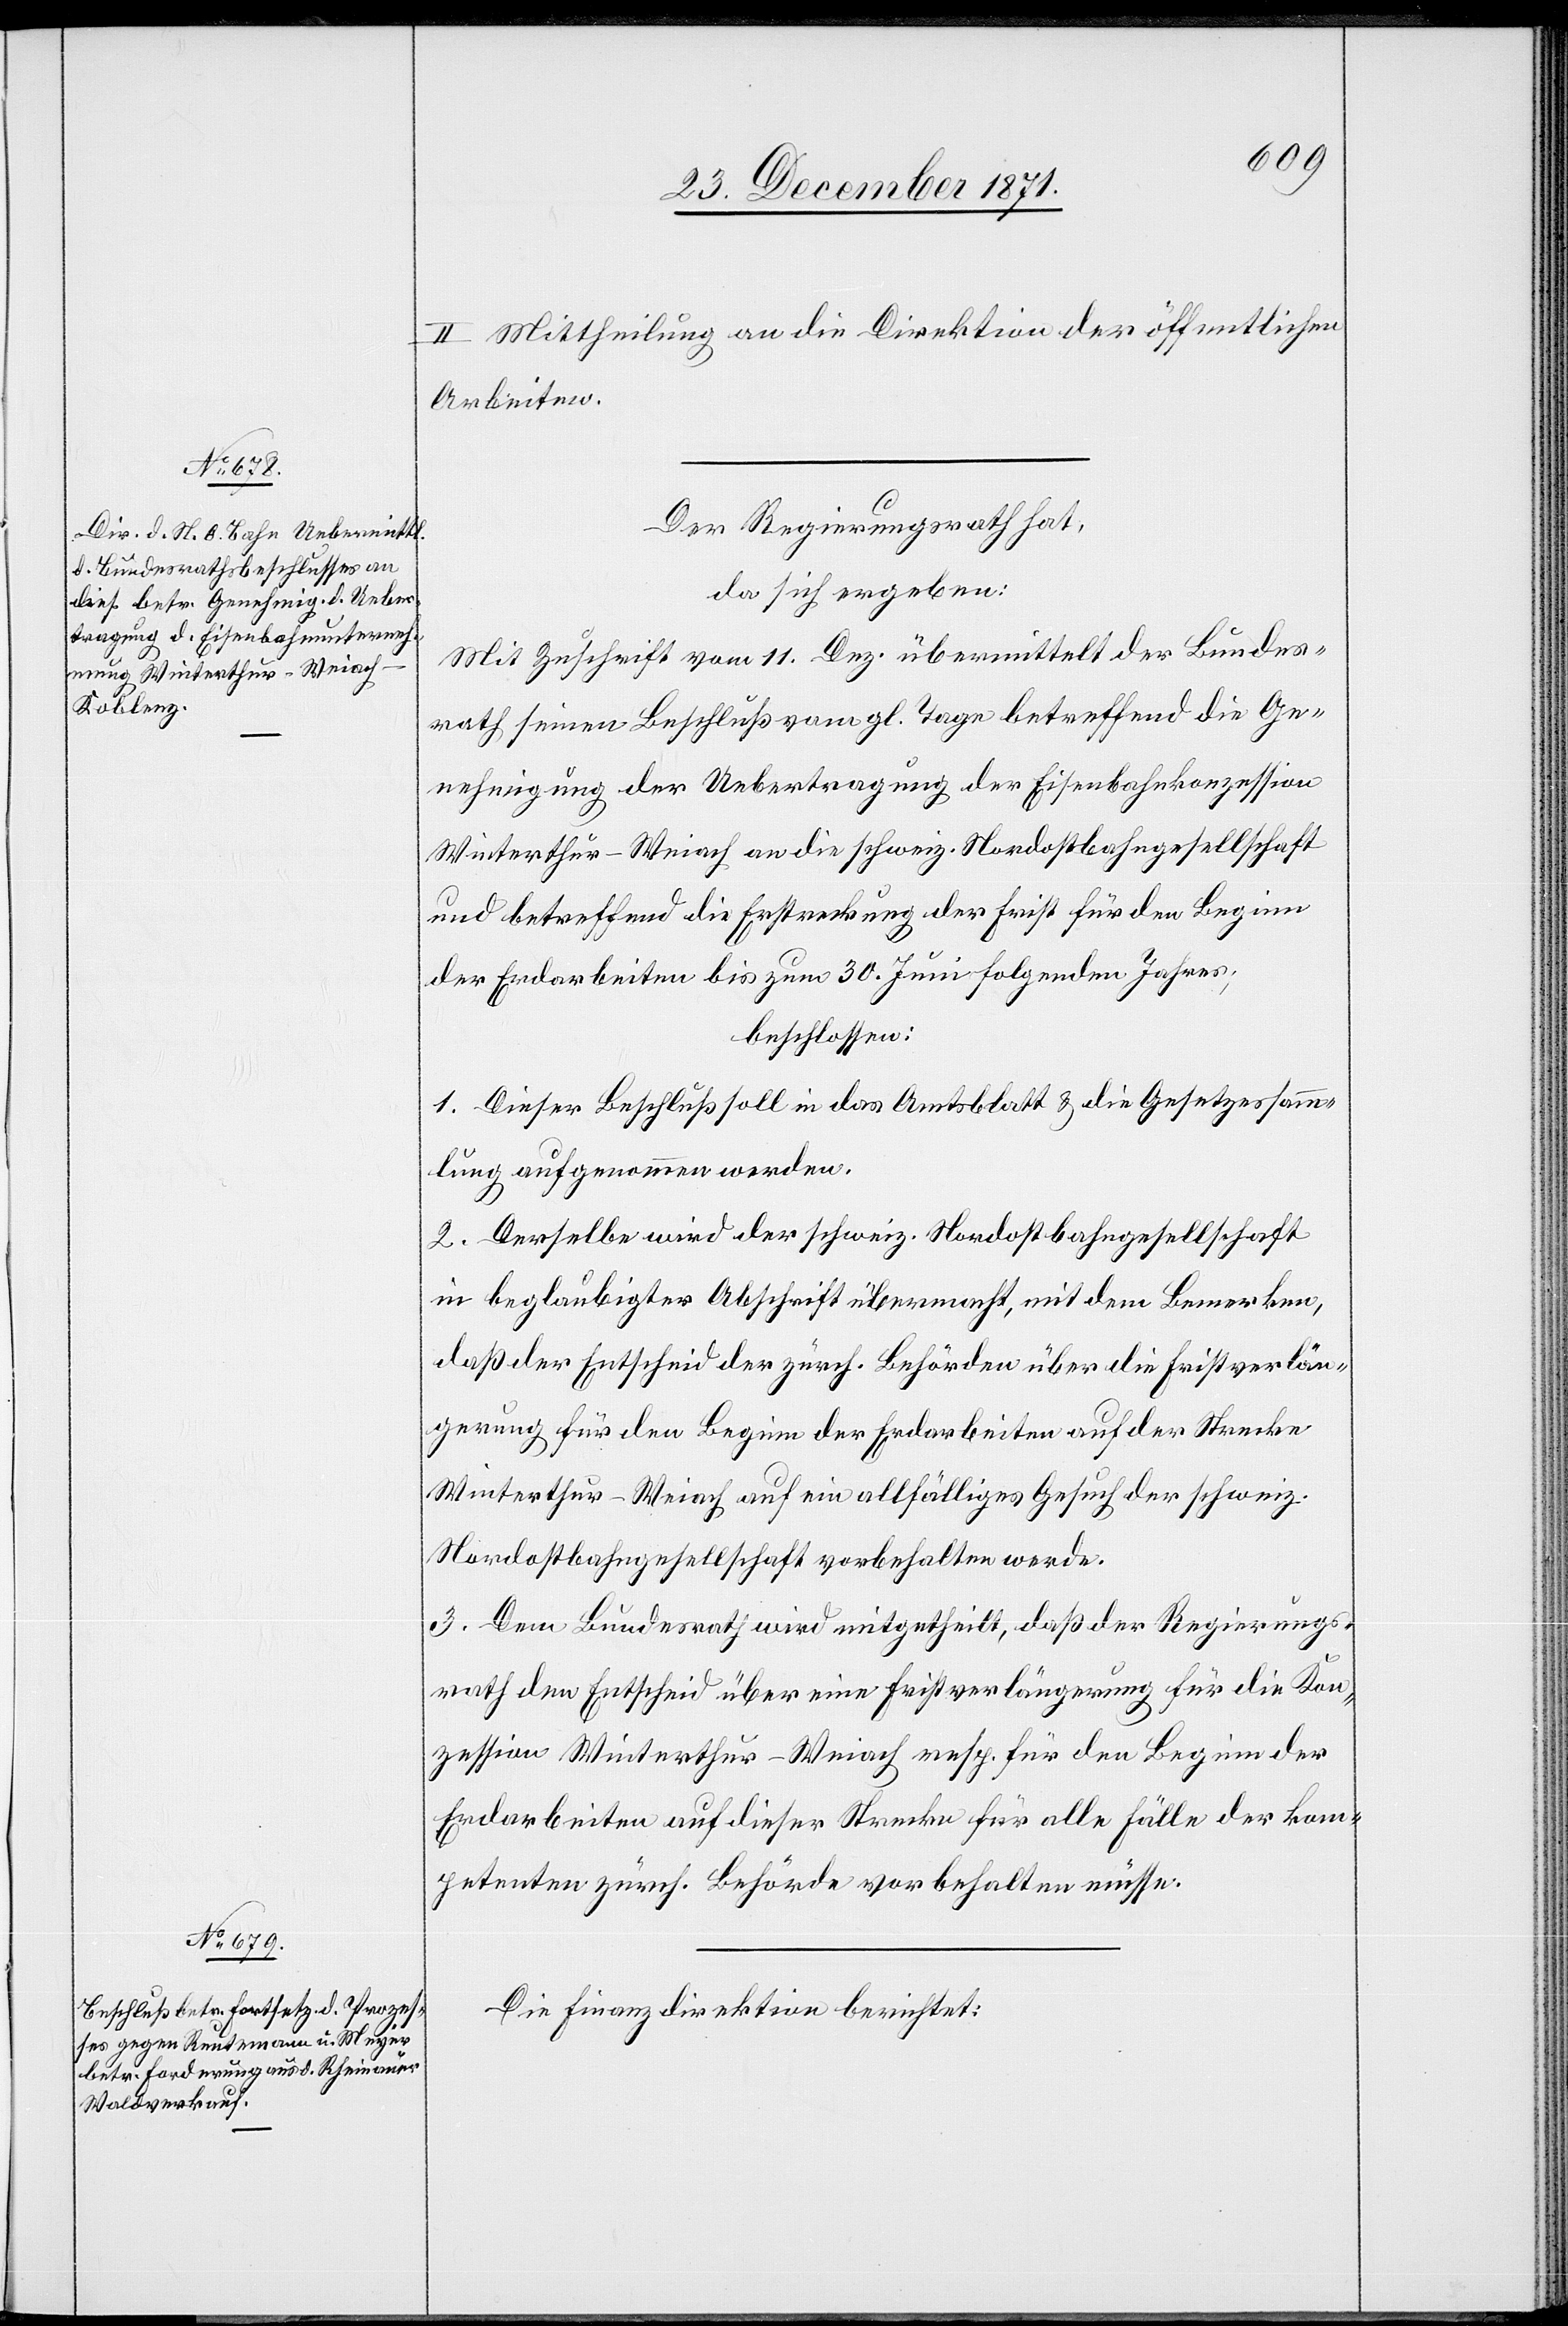
II. Mittheilung an die Direktion der öffentlichen
Arbeiten.
Der Regierungsrath hat,
da sich ergeben:
Mit Zuschrift vom 11. Dez. übermittelt der Bundes¬
rath seinen Beschluß vom gl. Tage betreffend die Ge¬
nehmigung der Uebertragung der Eisenbahnkonzession
Winterthur–Weiach an die schweiz. Nordostbahngesellschaft
und betreffend die Erstreckung der Frist für den Beginn
der Erdarbeiten bis zum 30. Juni folgenden Jahres;
beschlossen:
1. Dieser Beschluß soll in das Amtsblatt & die Gesetzessamm¬
lung aufgenommen werden.
2. Derselbe wird der schweiz. Nordostbahngesellschaft
in beglaubigter Abschrift übermacht, mit dem Bemerken,
daß der Entscheid der zürch. Behörden über die Fristverlän¬
gerung für den Beginn der Erdarbeiten auf der Strecke
Winterthur–Weiach auf ein allfälliges Gesuch der schweiz.
Nordostbahngesellschaft vorbehalten werde.
3. Dem Bundesrath wird mitgetheilt, daß der Regierungs¬
rath den Entscheid über eine Fristverlängerung für die Kon¬
zession Winterthur–Weiach resp. für den Beginn der
Erdarbeiten auf dieser Strecke für alle Fälle der kom¬
petenten zürch. Behörde vorbehalten müsse.
Die Finanzdirektion berichtet: